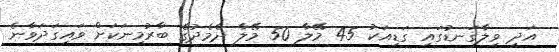
އަދި ވިލާގަނޑުގައި ގަޑިއަކު 45 މޭލާ 50 މޭލާ ދެމެދުގެ ބާރުމިނަކަށް ވައިގަދަވާނެ